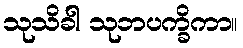
သုသိခါ သုဘပက္ခိကာ။